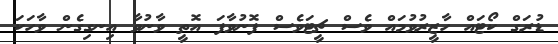
ޑުރަގް ކޯޓައް ހާޒީރުވުމައް ވެސް ޗީޓަވެސް ފޮނުވާފަ އޮތީ ވާނުވާ އިނގިގެން ވާހަކަ